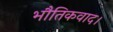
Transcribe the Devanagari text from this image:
भौतिकवाद।